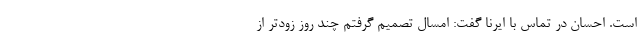
است. احسان در تماس با ایرنا گفت: امسال تصمیم گرفتم چند روز زودتر از